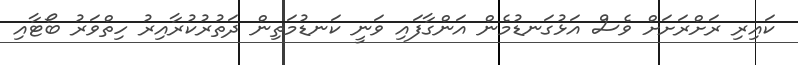
ކައިރި ރަށްރަށަށް ވެސް އަޅުގަނޑުމެން އަންގާފައި ވަނީ ކަނޑުމަތިން ދަތުރުކުރާއިރު ހިތްވަރު ބޯޓާއި